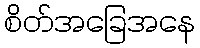
စိတ်အခြေအနေ